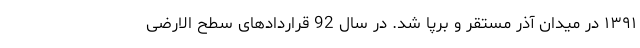
۱۳۹۱ در میدان آذر مستقر و برپا شد. در سال 92 قراردادهای سطح الارضی